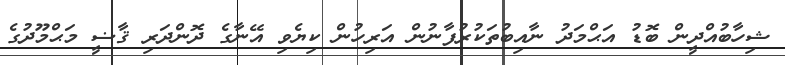
ޝިހާބުއްދީން ބޮޑު އަޙްމަދު ނާއިބުތަކުރުފާނުން އަރިހުން ކިޔެވި އޭނާގެ ދޮންދަރި ޤާޟީ މަޙްމޫދުގެ